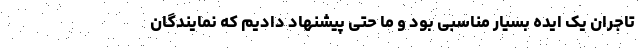
تاجران یک ایده بسیار مناسبی بود و ما حتی پیشنهاد دادیم که نمایندگان